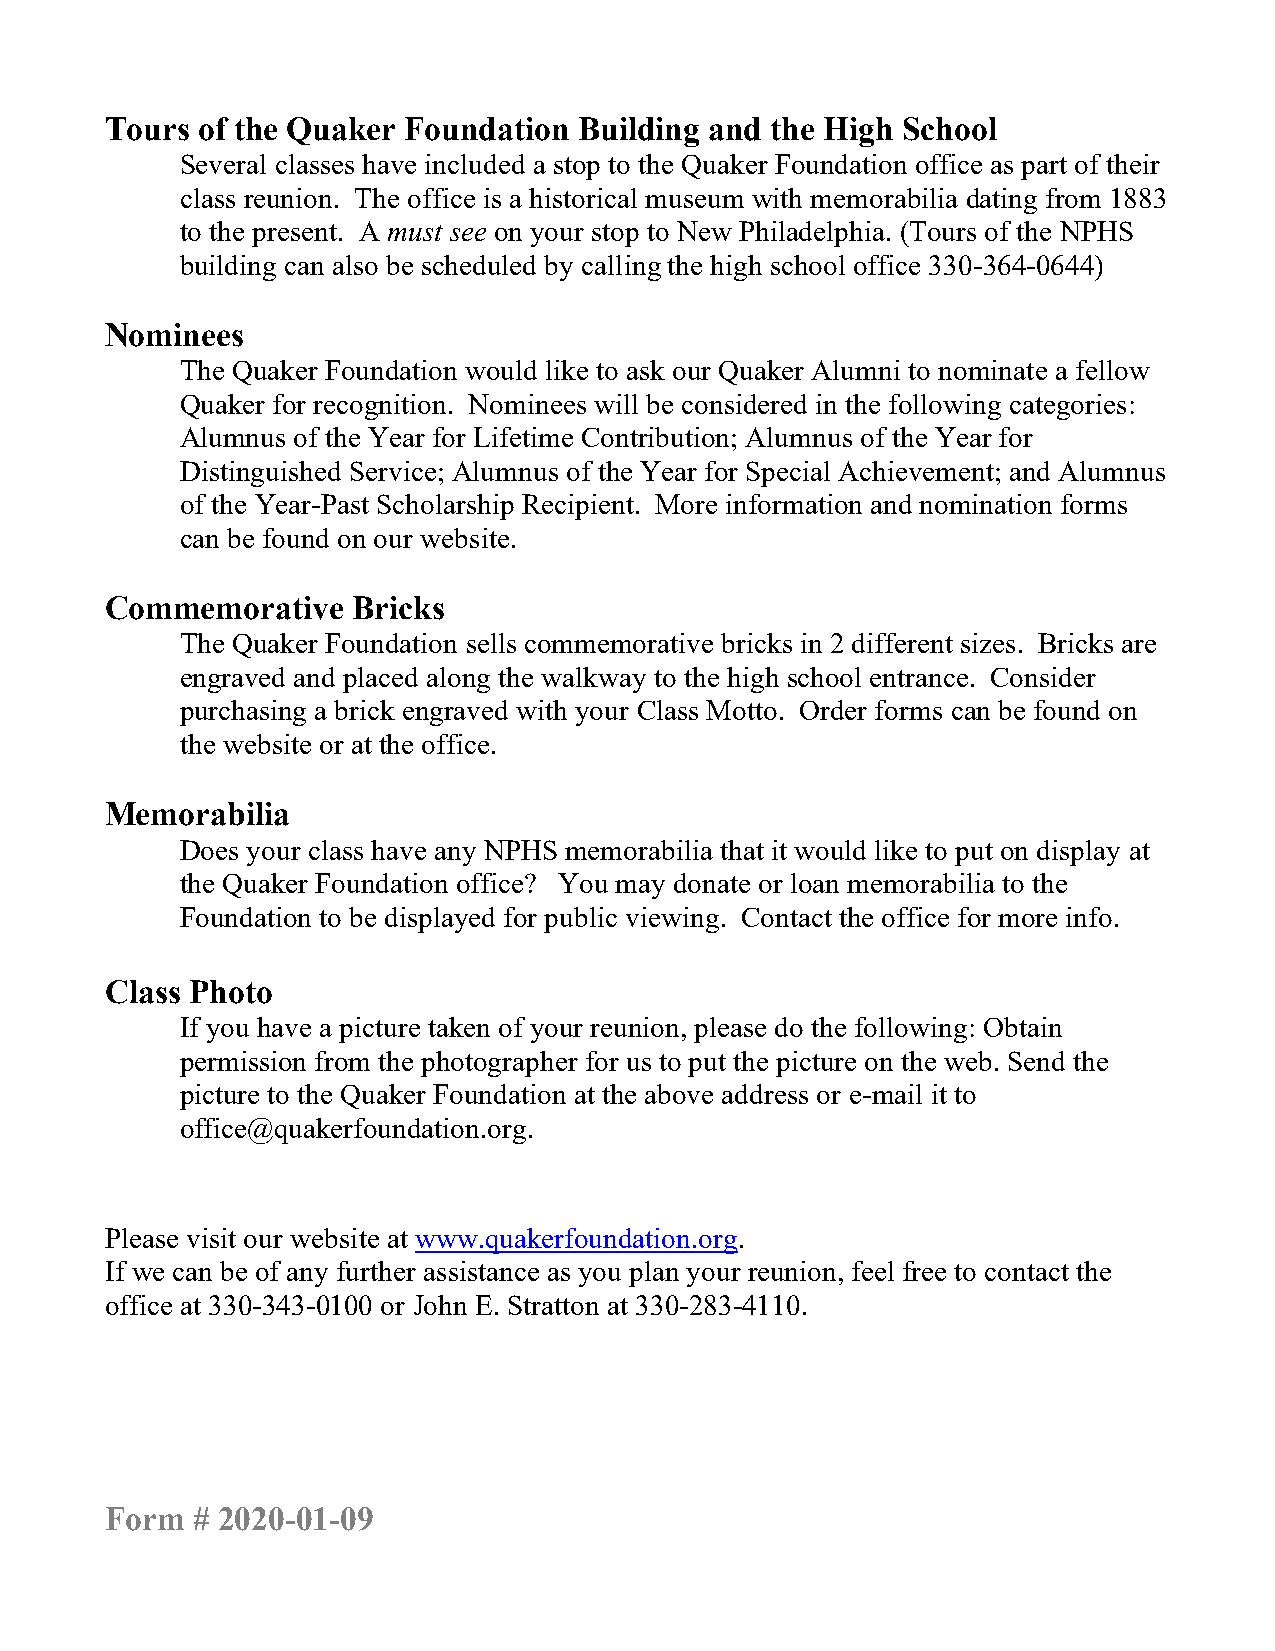
Tours of the Quaker Foundation Building and the High School
 Several classes have included a stop to the Quaker Foundation office as part of their
 class reunion. The office is a historical museum with memorabilia dating from 1883
 to the present. A must see on your stop to New Philadelphia. (Tours of the NPHS
 building can also be scheduled by calling the high school office 330-364-0644)
 Nominees
 The Quaker Foundation would like to ask our Quaker Alumni to nominate a fellow
 Quaker for recognition. Nominees will be considered in the following categories:
 Alumnus of the Year for Lifetime Contribution; Alumnus of the Year for
 Distinguished Service; Alumnus of the Year for Special Achievement; and Alumnus
 of the Year-Past Scholarship Recipient. More information and nomination forms
 can be found on our website.
 Commemorative   Bricks
 The Quaker Foundation sells commemorative bricks in 2 different sizes. Bricks are
 engraved and placed along the walkway to the high school entrance. Consider
 purchasing a brick engraved with your Class Motto. Order forms can be found on
 the website or at the office.
 Memorabilia
 Does your class have any NPHS memorabilia that it would like to put on display at
 the Quaker Foundation office? You may donate or loan memorabilia to the
 Foundation to be displayed for public viewing. Contact the office for more info.
 Class Photo
 If you have a picture taken of your reunion, please do the following: Obtain
 permission from the photographer for us to put the picture on the web. Send the
 picture to the Quaker Foundation at the above address or e-mail it to
 office@quakerfoundation.org.
 Please visit our website at www.quakerfoundation.org.
 If we can be of any further assistance as you plan your reunion, feel free to contact the
 office at 330-343-0100 or John E. Stratton at 330-283-4110.
 Form  # 2020-01-09